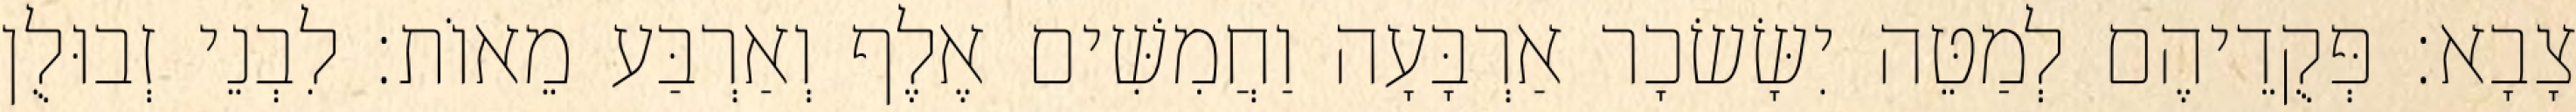
צָבָא׃ פְּקֻדֵיהֶם לְמַטֵּה יִשָּׂשׂכָר אַרְבָּעָה וַחֲמִשִּׁים אֶלֶף וְאַרְבַּע מֵאוֹת׃ לִבְנֵי זְבוּלֻן